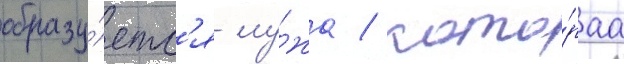
образу́етс'я лу́жа / кото́раа